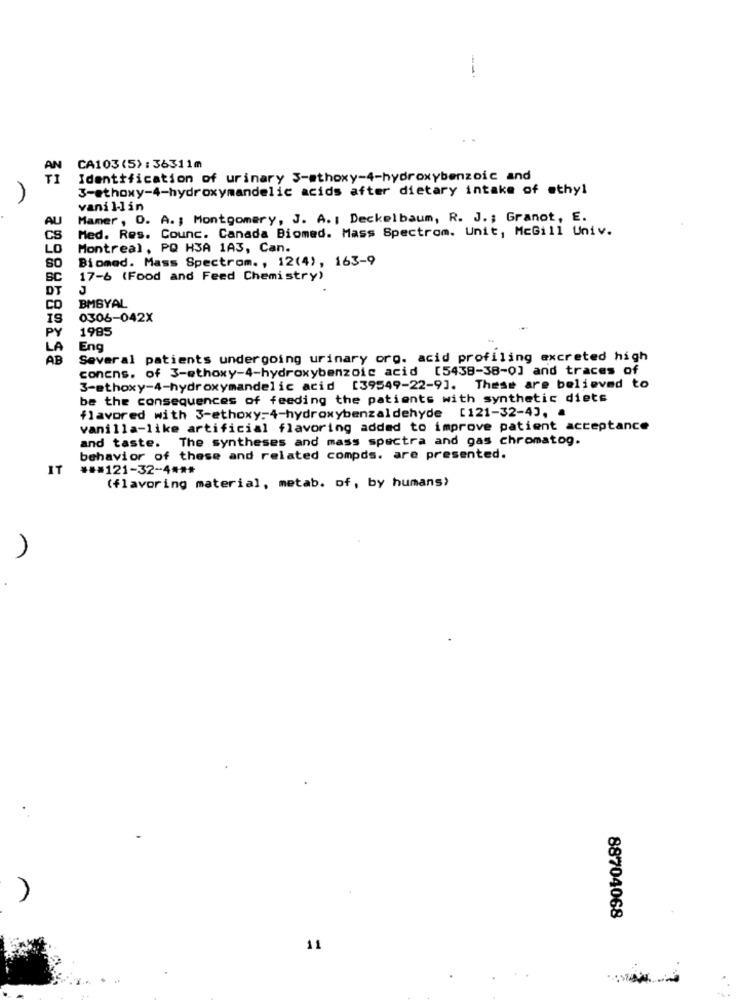
AN
CA103(5) : 36311m
TI
Identification of urinary 3-ethoxy-4-hydroxybenzoic and
3-ethoxy-4-hydroxymandelic acids after dietary intake of ethyl
vanillin
AU
Mamer , O. A. ; Montgomery, J. A. : Deckelbaum, R. J .; Granot, E.
Med. Res. Counc. Canada Biomed. Mass Spectrom. Unit, McGill Univ.
LO
Montreal, PQ H3A 1A3, Can.
Biomed. Mass Spectrom ., 12(4), 163-9
SO
BC
17-6 (Food and Feed Chemistry)
J
CO
BMBYAL
19
0306-042X
PY
1985
LA
Eng
AB
Several patients undergoing urinary org. acid profiling excreted high
concns. of 3-ethoxy-4-hydroxybenzoic acid [5438-38-0] and traces of
3-ethoxy-4-hydroxymandelic acid [39549-22-9]. These are believed to
be the consequences of feeding the patients with synthetic diets
flavored with 3-ethoxy=4-hydroxybenzaldehyde [121-32-4], a
vanilla-like artificial flavoring added to improve patient acceptance
and taste. The syntheses and mass spectra and gas chromatog.
behavior of these and related compds. are presented.
IT
###121-32-4 ***
(flavoring material, metab. of, by humans>
88704068
11